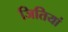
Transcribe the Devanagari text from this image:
जितियां